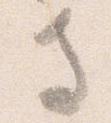
寺